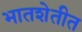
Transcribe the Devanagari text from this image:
भातशेतीत